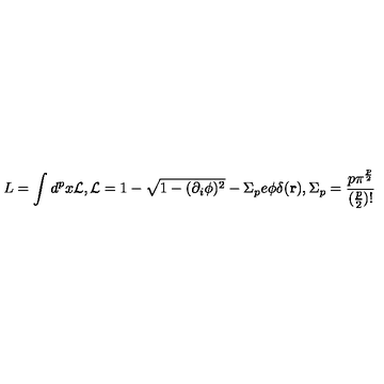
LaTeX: L = \int d ^ { p } x { \cal L } , { \cal L } = 1 - \sqrt { 1 - ( \partial _ { i } \phi ) ^ { 2 } } - \Sigma _ { p } e \phi \delta ( { \bf r } ) , \Sigma _ { p } = \frac { p \pi ^ { \frac { p } { 2 } } } { ( \frac { p } { 2 } ) ! }